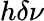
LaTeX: h\delta\nu